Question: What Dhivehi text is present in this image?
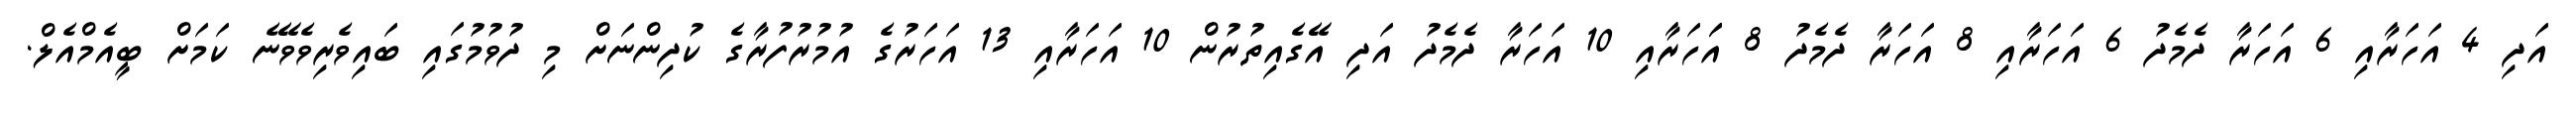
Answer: އަދި 4 އަހަރާއި 6 އަހަރާ ދެމެދު 6 އަހަރާއި 8 އަހަރާ ދެމެދު 8 އަަހަރާއި 10 އަހަރާ ދެމެދު އަދި އޭގެއިތުރުން 10 އަހަރާއި 13 އަހަރުގެ އުމުރުފުރާގެ ކުދިންނަށް މި ދުވުމުގައި ބައިވެރިވެވޭނެ ކަމަށް ބީއެމްއެލް.